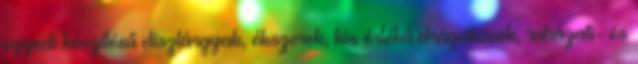
egyedi készítésű dísztárgyak, ékszerek, kis értékű drágakövek, ruházati- és